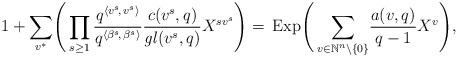
LaTeX: \begin{align*}1 + \sum_{v^*} \!\Bigg(\prod_{s\ge 1} \frac{q^{\langle v^s\!,\,v^s\rangle}} {q^{\langle \beta^s\!,\, \beta^s \rangle}} \frac{c(v^s, q)}{\mathit{gl}(v^s, q)} X^{sv^s}\Bigg) = \,\mathrm{Exp}\Bigg(\sum_{v\in\mathbb{N}^n\backslash\{0\}}\! \frac{a(v,q)} {q-1}X^v\Bigg),\end{align*}